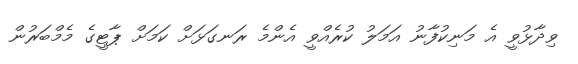
ވިދާޅުވީ އެ މަނިކުފާނު އަމަލު ކުރެއްވީ އެންމެ ރަނގަޅަށް ކަމަށް ޕާޓީގެ މެމްބަރުން